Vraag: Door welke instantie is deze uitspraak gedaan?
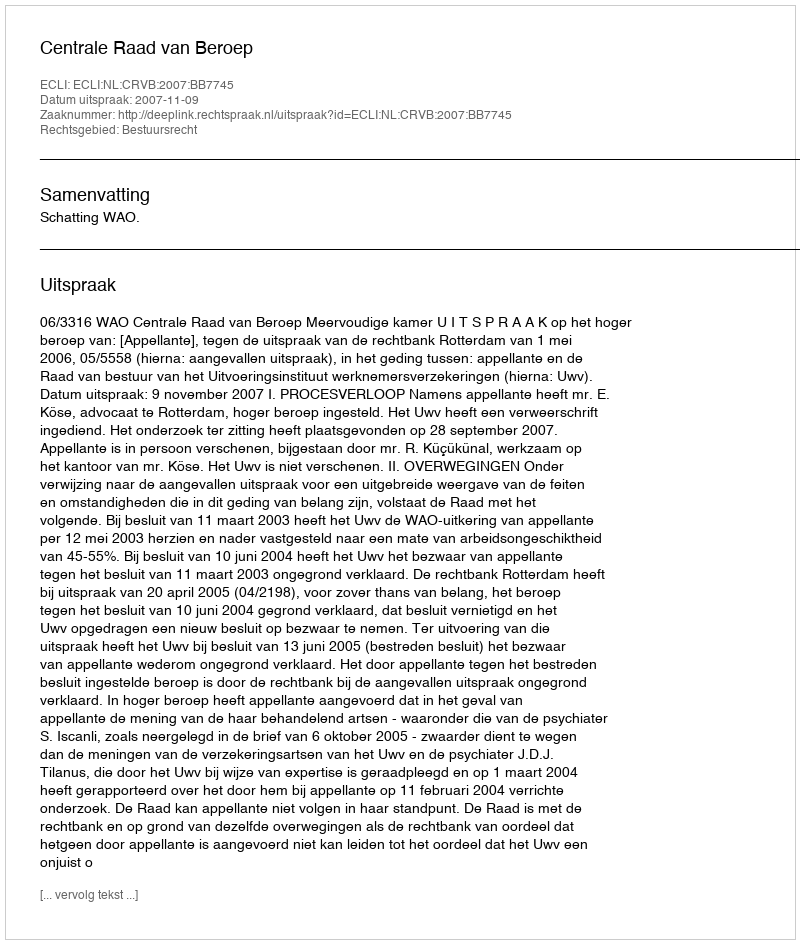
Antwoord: Centrale Raad van Beroep